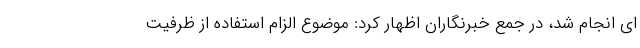
ای انجام شد، در جمع خبرنگاران اظهار کرد: موضوع الزام استفاده از ظرفیت